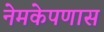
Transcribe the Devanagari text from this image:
नेमकेपणास